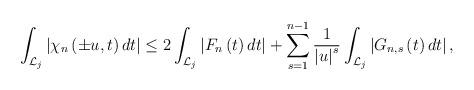
LaTeX: \begin{align*}\int_{\mathcal{L}_{j}}{\left\vert {\chi _{n}\left( \pm {u,t}\right) dt} \right\vert }\leq 2\int_{\mathcal{L}_{j}}{\left\vert {F_{n}\left( t\right) dt}\right\vert }+\sum\limits_{s=1}^{n-1}{\frac{1}{\left\vert u\right\vert ^{s}}\int_{\mathcal{L}_{j}}{\left\vert {G_{n,s}\left( t\right) dt}\right\vert ,}}\end{align*}